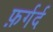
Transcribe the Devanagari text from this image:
फ़र्गर्द